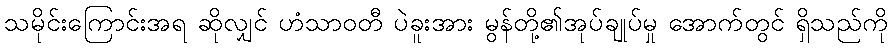
သမိုင်းကြောင်းအရ ဆိုလျှင် ဟံသာဝတီ ပဲခူးအား မွန်တို့၏အုပ်ချုပ်မှု အောက်တွင် ရှိသည်ကို